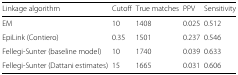
| Linkage algorithm | Cutoff | True matches | PPV | Sensitivity |
 | --- | --- | --- | --- | --- |
 | EM | 10 | 1408 | 0.025 | 0.512 |
 | EpiLink (Contiero) | 0.35 | 1501 | 0.237 | 0.546 |
 | Fellegi-Sunter (baseline model) | 10 | 1740 | 0.039 | 0.633 |
 | Fellegi-Sunter (Dattani estimates) | 15 | 1665 | 0.031 | 0.606 |